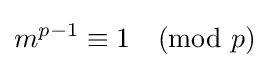
m^{p-1}\equiv 1{\pmod {p}}